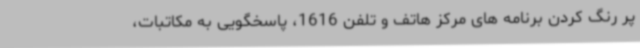
پر رنگ کردن برنامه های مرکز هاتف و تلفن 1616، پاسخگویی به مکاتبات،